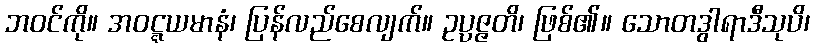
ဘဝင်ကို။ အဝဋ္ဋယမာနံ၊ ပြန်လည်စေလျက်။ ဥပ္ပဇ္ဇတိ၊ ဖြစ်၏။ သောတဒွါရာဒီသုပိ၊